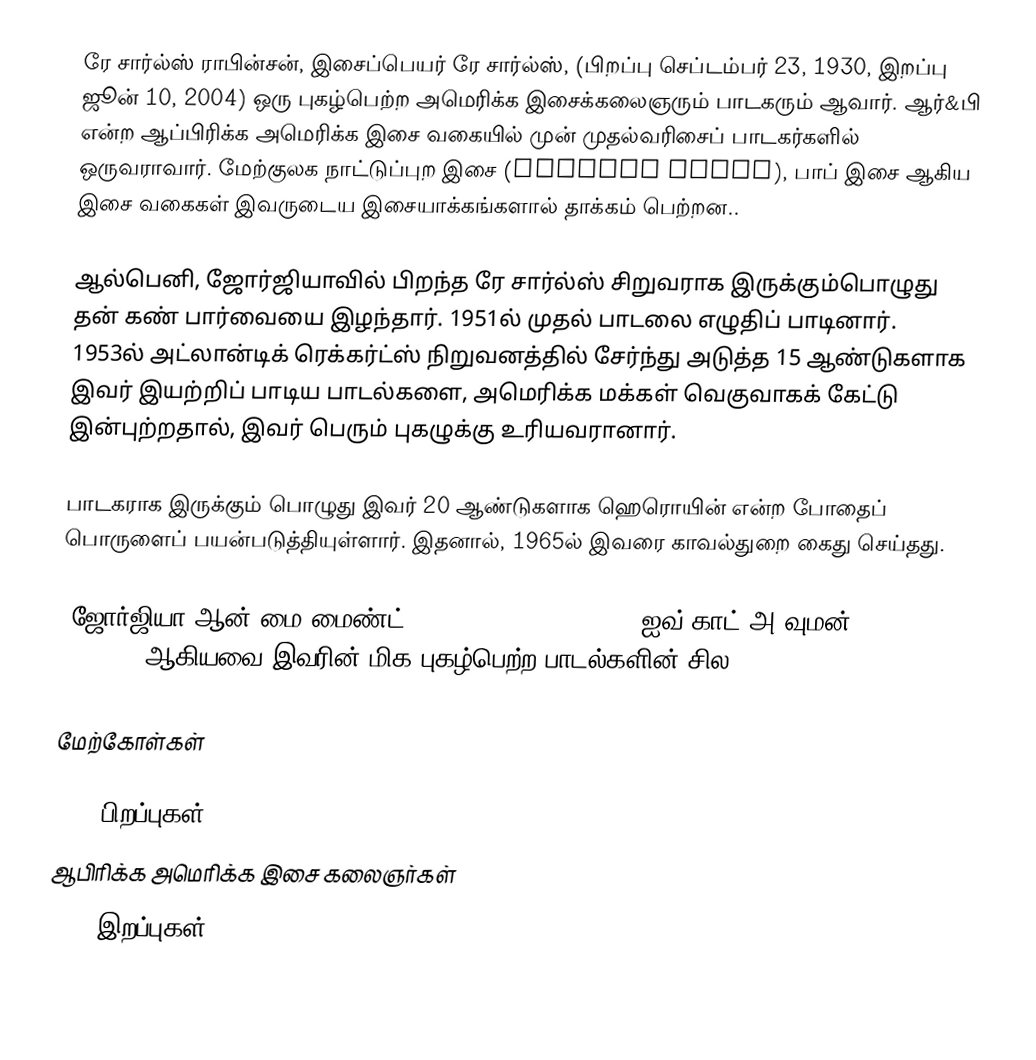
ரே சார்ல்ஸ் ராபின்சன், இசைப்பெயர் ரே சார்ல்ஸ், (பிறப்பு செப்டம்பர் 23, 1930, இறப்பு ஜூன் 10, 2004) ஒரு புகழ்பெற்ற அமெரிக்க இசைக்கலைஞரும் பாடகரும் ஆவார். ஆர்&பி என்ற ஆப்பிரிக்க அமெரிக்க இசை வகையில் முன் முதல்வரிசைப் பாடகர்களில் ஒருவராவார். மேற்குலக நாட்டுப்புற இசை (Country music), பாப் இசை ஆகிய இசை வகைகள் இவருடைய இசையாக்கங்களால் தாக்கம் பெற்றன..

ஆல்பெனி, ஜோர்ஜியாவில் பிறந்த ரே சார்ல்ஸ் சிறுவராக இருக்கும்பொழுது தன் கண் பார்வையை இழந்தார். 1951ல் முதல் பாடலை எழுதிப் பாடினார். 1953ல் அட்லான்டிக் ரெக்கர்ட்ஸ் நிறுவனத்தில் சேர்ந்து அடுத்த 15 ஆண்டுகளாக இவர் இயற்றிப் பாடிய பாடல்களை, அமெரிக்க மக்கள் வெகுவாகக் கேட்டு இன்புற்றதால், இவர் பெரும் புகழுக்கு உரியவரானார்.

பாடகராக இருக்கும் பொழுது இவர் 20 ஆண்டுகளாக ஹெரொயின் என்ற போதைப் பொருளைப் பயன்படுத்தியுள்ளார். இதனால், 1965ல் இவரை காவல்துறை கைது செய்தது.

"ஜோர்ஜியா ஆன் மை மைண்ட்" (Georgia On My Mind), "ஐவ் காட் அ வுமன்" (I've Got A Woman) ஆகியவை இவரின் மிக புகழ்பெற்ற பாடல்களின் சில.

மேற்கோள்கள்

1930 பிறப்புகள்
ஆபிரிக்க அமெரிக்க இசை கலைஞர்கள்
2004 இறப்புகள்